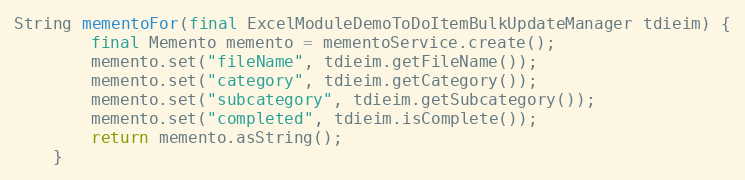
Language: Java
String mementoFor(final ExcelModuleDemoToDoItemBulkUpdateManager tdieim) {
        final Memento memento = mementoService.create();
        memento.set("fileName", tdieim.getFileName());
        memento.set("category", tdieim.getCategory());
        memento.set("subcategory", tdieim.getSubcategory());
        memento.set("completed", tdieim.isComplete());
        return memento.asString();
    }